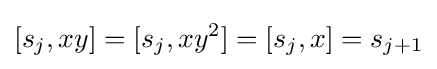
[s_{j},xy]=[s_{j},xy^{2}]=[s_{j},x]=s_{j+1}